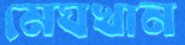
মেঘখান